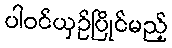
ပါဝင်ယှဉ်ပြိုင်မည့်